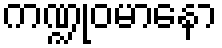
ကဏ္ဍုဝမာနော